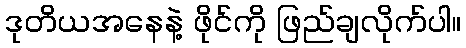
ဒုတိယအနေနဲ့ ဖိုင်ကို ဖြည်ချလိုက်ပါ။